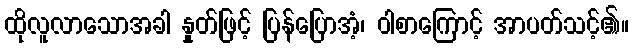
ထိုလူလာသောအခါ နှုတ်ဖြင့် ပြန်ပြောအံ့၊ ဝါစာကြောင့် အာပတ်သင့်၏။